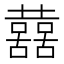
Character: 𡄝